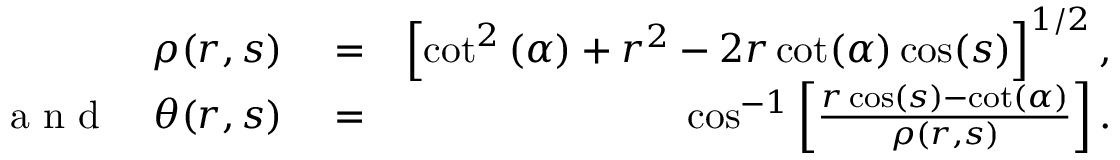
\begin{array} { r l r } { \rho ( r , s ) } & { { } = } & { \left[ \cot ^ { 2 } \left( \alpha \right) + r ^ { 2 } - 2 r \cot ( \alpha ) \cos ( s ) \right] ^ { 1 / 2 } , } \\ { \mathrm { ~ a ~ n ~ d ~ } \quad \theta ( r , s ) } & { { } = } & { \cos ^ { - 1 } \left[ \frac { r \cos ( s ) - \cot ( \alpha ) } { \rho ( r , s ) } \right] . } \end{array}